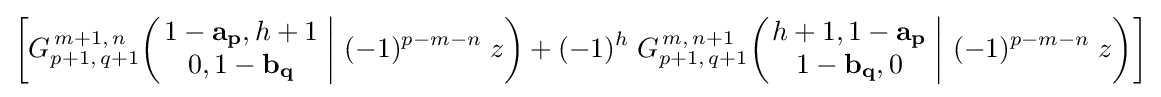
\left[G_{p+1,\,q+1}^{\,m+1,\,n}\!\left(\left.{\begin{matrix}1-\mathbf {a_{p}} ,h+1\\0,1-\mathbf {b_{q}} \end{matrix}}\;\right|\,(-1)^{p-m-n}\;z\right)+(-1)^{h}\;G_{p+1,\,q+1}^{\,m,\,n+1}\!\left(\left.{\begin{matrix}h+1,1-\mathbf {a_{p}} \\1-\mathbf {b_{q}} ,0\end{matrix}}\;\right|\,(-1)^{p-m-n}\;z\right)\right]